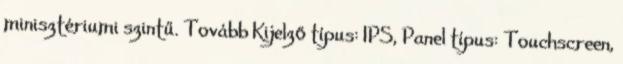
minisztériumi szintű. Tovább Kijelző típus: IPS, Panel típus: Touchscreen,